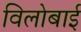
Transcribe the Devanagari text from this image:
विलोबाई